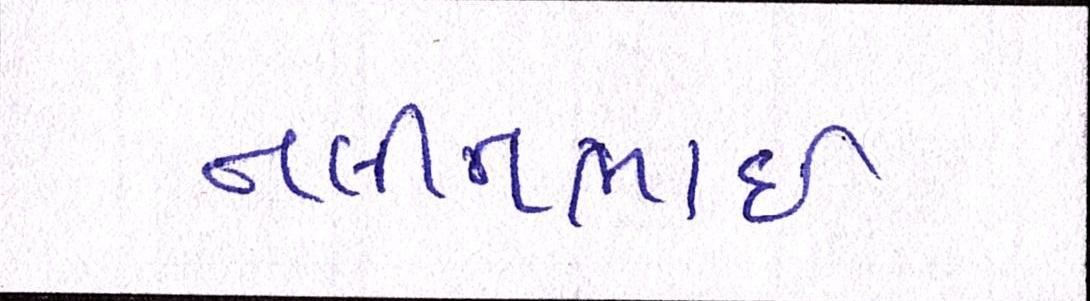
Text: નલીનભાઈ